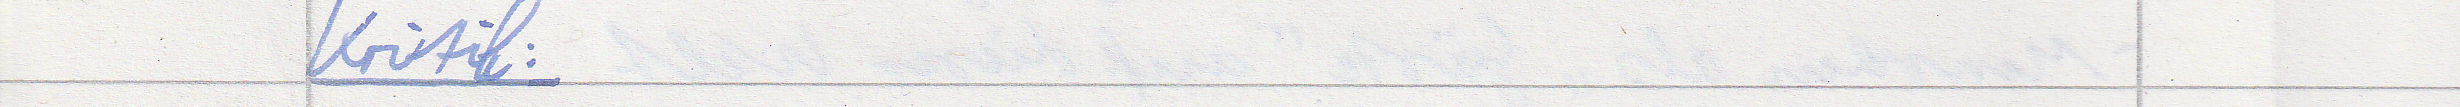
Kritik: